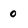
Character: 0